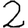
Digit: 2